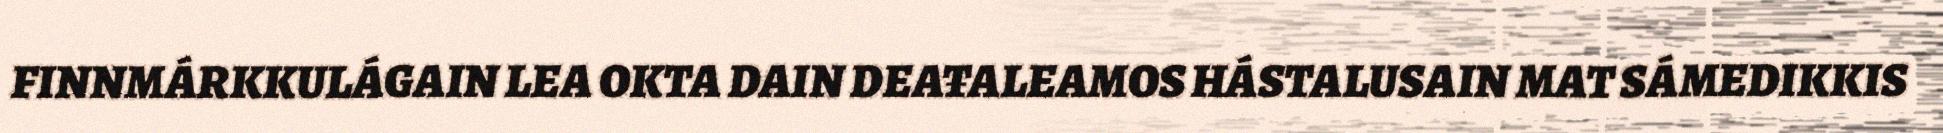
FINNMÁRKKULÁGAIN LEA OKTA DAIN DEAŦALEAMOS HÁSTALUSAIN MAT SÁMEDIKKIS